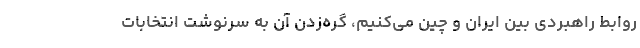
روابط راهبردی بین ایران و چین می‌کنیم، گره‌زدن آن به سرنوشت انتخابات